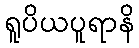
ရူပိယပူရာနိ